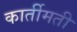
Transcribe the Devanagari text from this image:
कार्तीमती